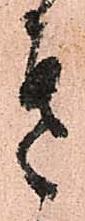
き